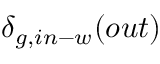
\delta _ { g , i n - w } ( o u t )